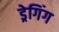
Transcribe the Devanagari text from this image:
ड्रेगिंग